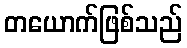
တယောက်ဖြစ်သည်